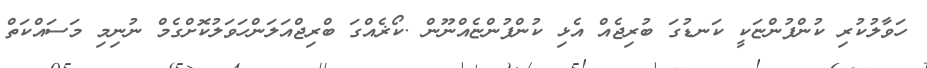
ހަވާލުކުރި ކުންފުންޏަކީ ކަނޑުގަ ބުރިޖެއް އެޅި ކުންފުންޏެއްނޫން .ކޯޜެއްގަ ބްރިޖްއަލަންހަވަލުކޮށްގެމް ނުނިމި މަސައްކަތް